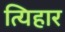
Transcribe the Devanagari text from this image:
त्यिहार